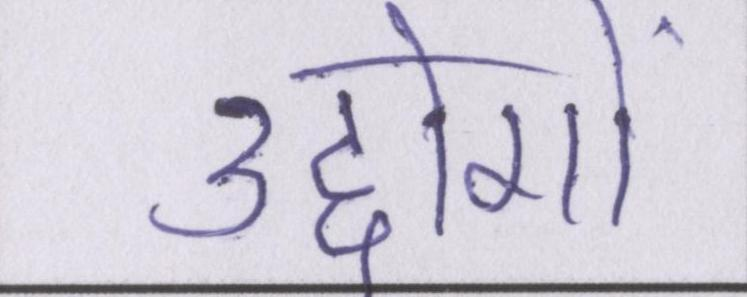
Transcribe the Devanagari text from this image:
उद्दोगों